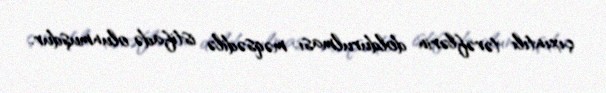
çıxıntılı tərəflərin doldurulması məqsədilə istifadə olunmuşdur.